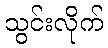
သွင်းလိုက်